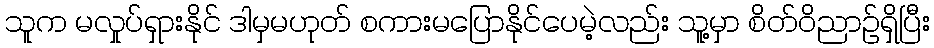
သူက မလှုပ်ရှားနိုင် ဒါမှမဟုတ် စကားမပြောနိုင်ပေမဲ့လည်း သူ့မှာ စိတ်ဝိညာဥ်ရှိပြီး